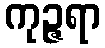
ကုဉ္ဇရာ